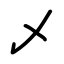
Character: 乄